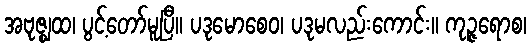
အဗုဇ္ဈထ၊ ပွင့်တော်မူပြီ။ ပဒုမောစေဝ၊ ပဒုမလည်းကောင်း။ ကုဉ္ဇရောစ၊